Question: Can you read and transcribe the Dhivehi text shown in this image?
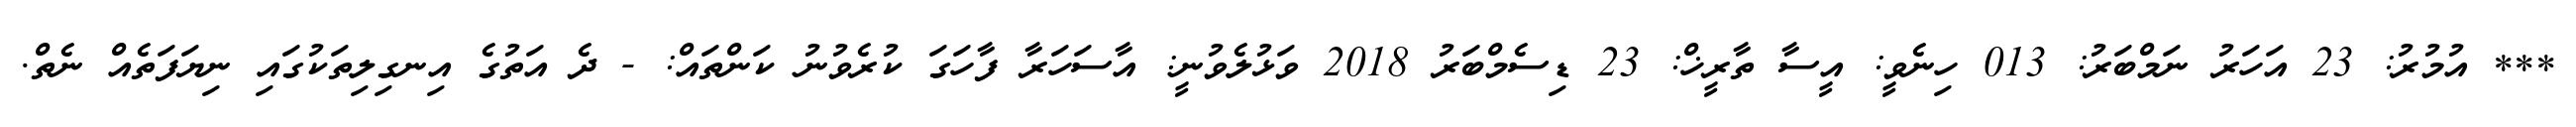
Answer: *** އުމުރު: 23 އަހަރު ނަމްބަރު: 013 ހިނެވީ: އީސާ ތާރީޚް: 23 ޑިސެމްބަރު 2018 ވަޅުލެވުނީ: އާސަހަރާ ފާހަގަ ކުރެވުނު ކަންތައް: - ދެ އަތުގެ އިނގިލިތަކުގައި ނިޔަފަތެއް ނެތް.